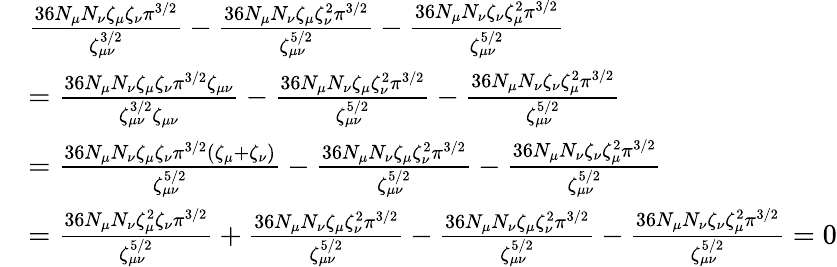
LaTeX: \begin{array}{rl}&{\frac{36N_{\mu}N_{\nu}\zeta_{\mu}\zeta_{\nu}\pi^{3/2}}{\zeta_{\mu\nu}^{3/2}}-\frac{36N_{\mu}N_{\nu}\zeta_{\mu}\zeta_{\nu}^{2}\pi^{3/2}}{\zeta_{\mu\nu}^{5/2}}-\frac{36N_{\mu}N_{\nu}\zeta_{\nu}\zeta_{\mu}^{2}\pi^{3/2}}{\zeta_{\mu\nu}^{5/2}}}\\ &{=\frac{36N_{\mu}N_{\nu}\zeta_{\mu}\zeta_{\nu}\pi^{3/2}\zeta_{\mu\nu}}{\zeta_{\mu\nu}^{3/2}\zeta_{\mu\nu}}-\frac{36N_{\mu}N_{\nu}\zeta_{\mu}\zeta_{\nu}^{2}\pi^{3/2}}{\zeta_{\mu\nu}^{5/2}}-\frac{36N_{\mu}N_{\nu}\zeta_{\nu}\zeta_{\mu}^{2}\pi^{3/2}}{\zeta_{\mu\nu}^{5/2}}}\\ &{=\frac{36N_{\mu}N_{\nu}\zeta_{\mu}\zeta_{\nu}\pi^{3/2}(\zeta_{\mu}+\zeta_{\nu})}{\zeta_{\mu\nu}^{5/2}}-\frac{36N_{\mu}N_{\nu}\zeta_{\mu}\zeta_{\nu}^{2}\pi^{3/2}}{\zeta_{\mu\nu}^{5/2}}-\frac{36N_{\mu}N_{\nu}\zeta_{\nu}\zeta_{\mu}^{2}\pi^{3/2}}{\zeta_{\mu\nu}^{5/2}}}\\ &{=\frac{36N_{\mu}N_{\nu}\zeta_{\mu}^{2}\zeta_{\nu}\pi^{3/2}}{\zeta_{\mu\nu}^{5/2}}+\frac{36N_{\mu}N_{\nu}\zeta_{\mu}\zeta_{\nu}^{2}\pi^{3/2}}{\zeta_{\mu\nu}^{5/2}}-\frac{36N_{\mu}N_{\nu}\zeta_{\mu}\zeta_{\nu}^{2}\pi^{3/2}}{\zeta_{\mu\nu}^{5/2}}-\frac{36N_{\mu}N_{\nu}\zeta_{\nu}\zeta_{\mu}^{2}\pi^{3/2}}{\zeta_{\mu\nu}^{5/2}}=0}\end{array}